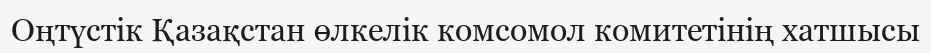
Оңтүстік Қазақстан өлкелік комсомол комитетінің хатшысы